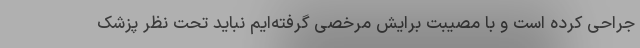
جراحی کرده است و با مصیبت برایش مرخصی گرفته‌ایم نباید تحت نظر پزشک